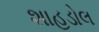
શાહડોલ